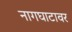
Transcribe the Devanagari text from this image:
नागघाटावर